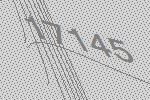
17145